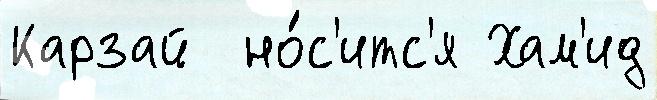
Карзай  но́с'итс'я Хам'ид